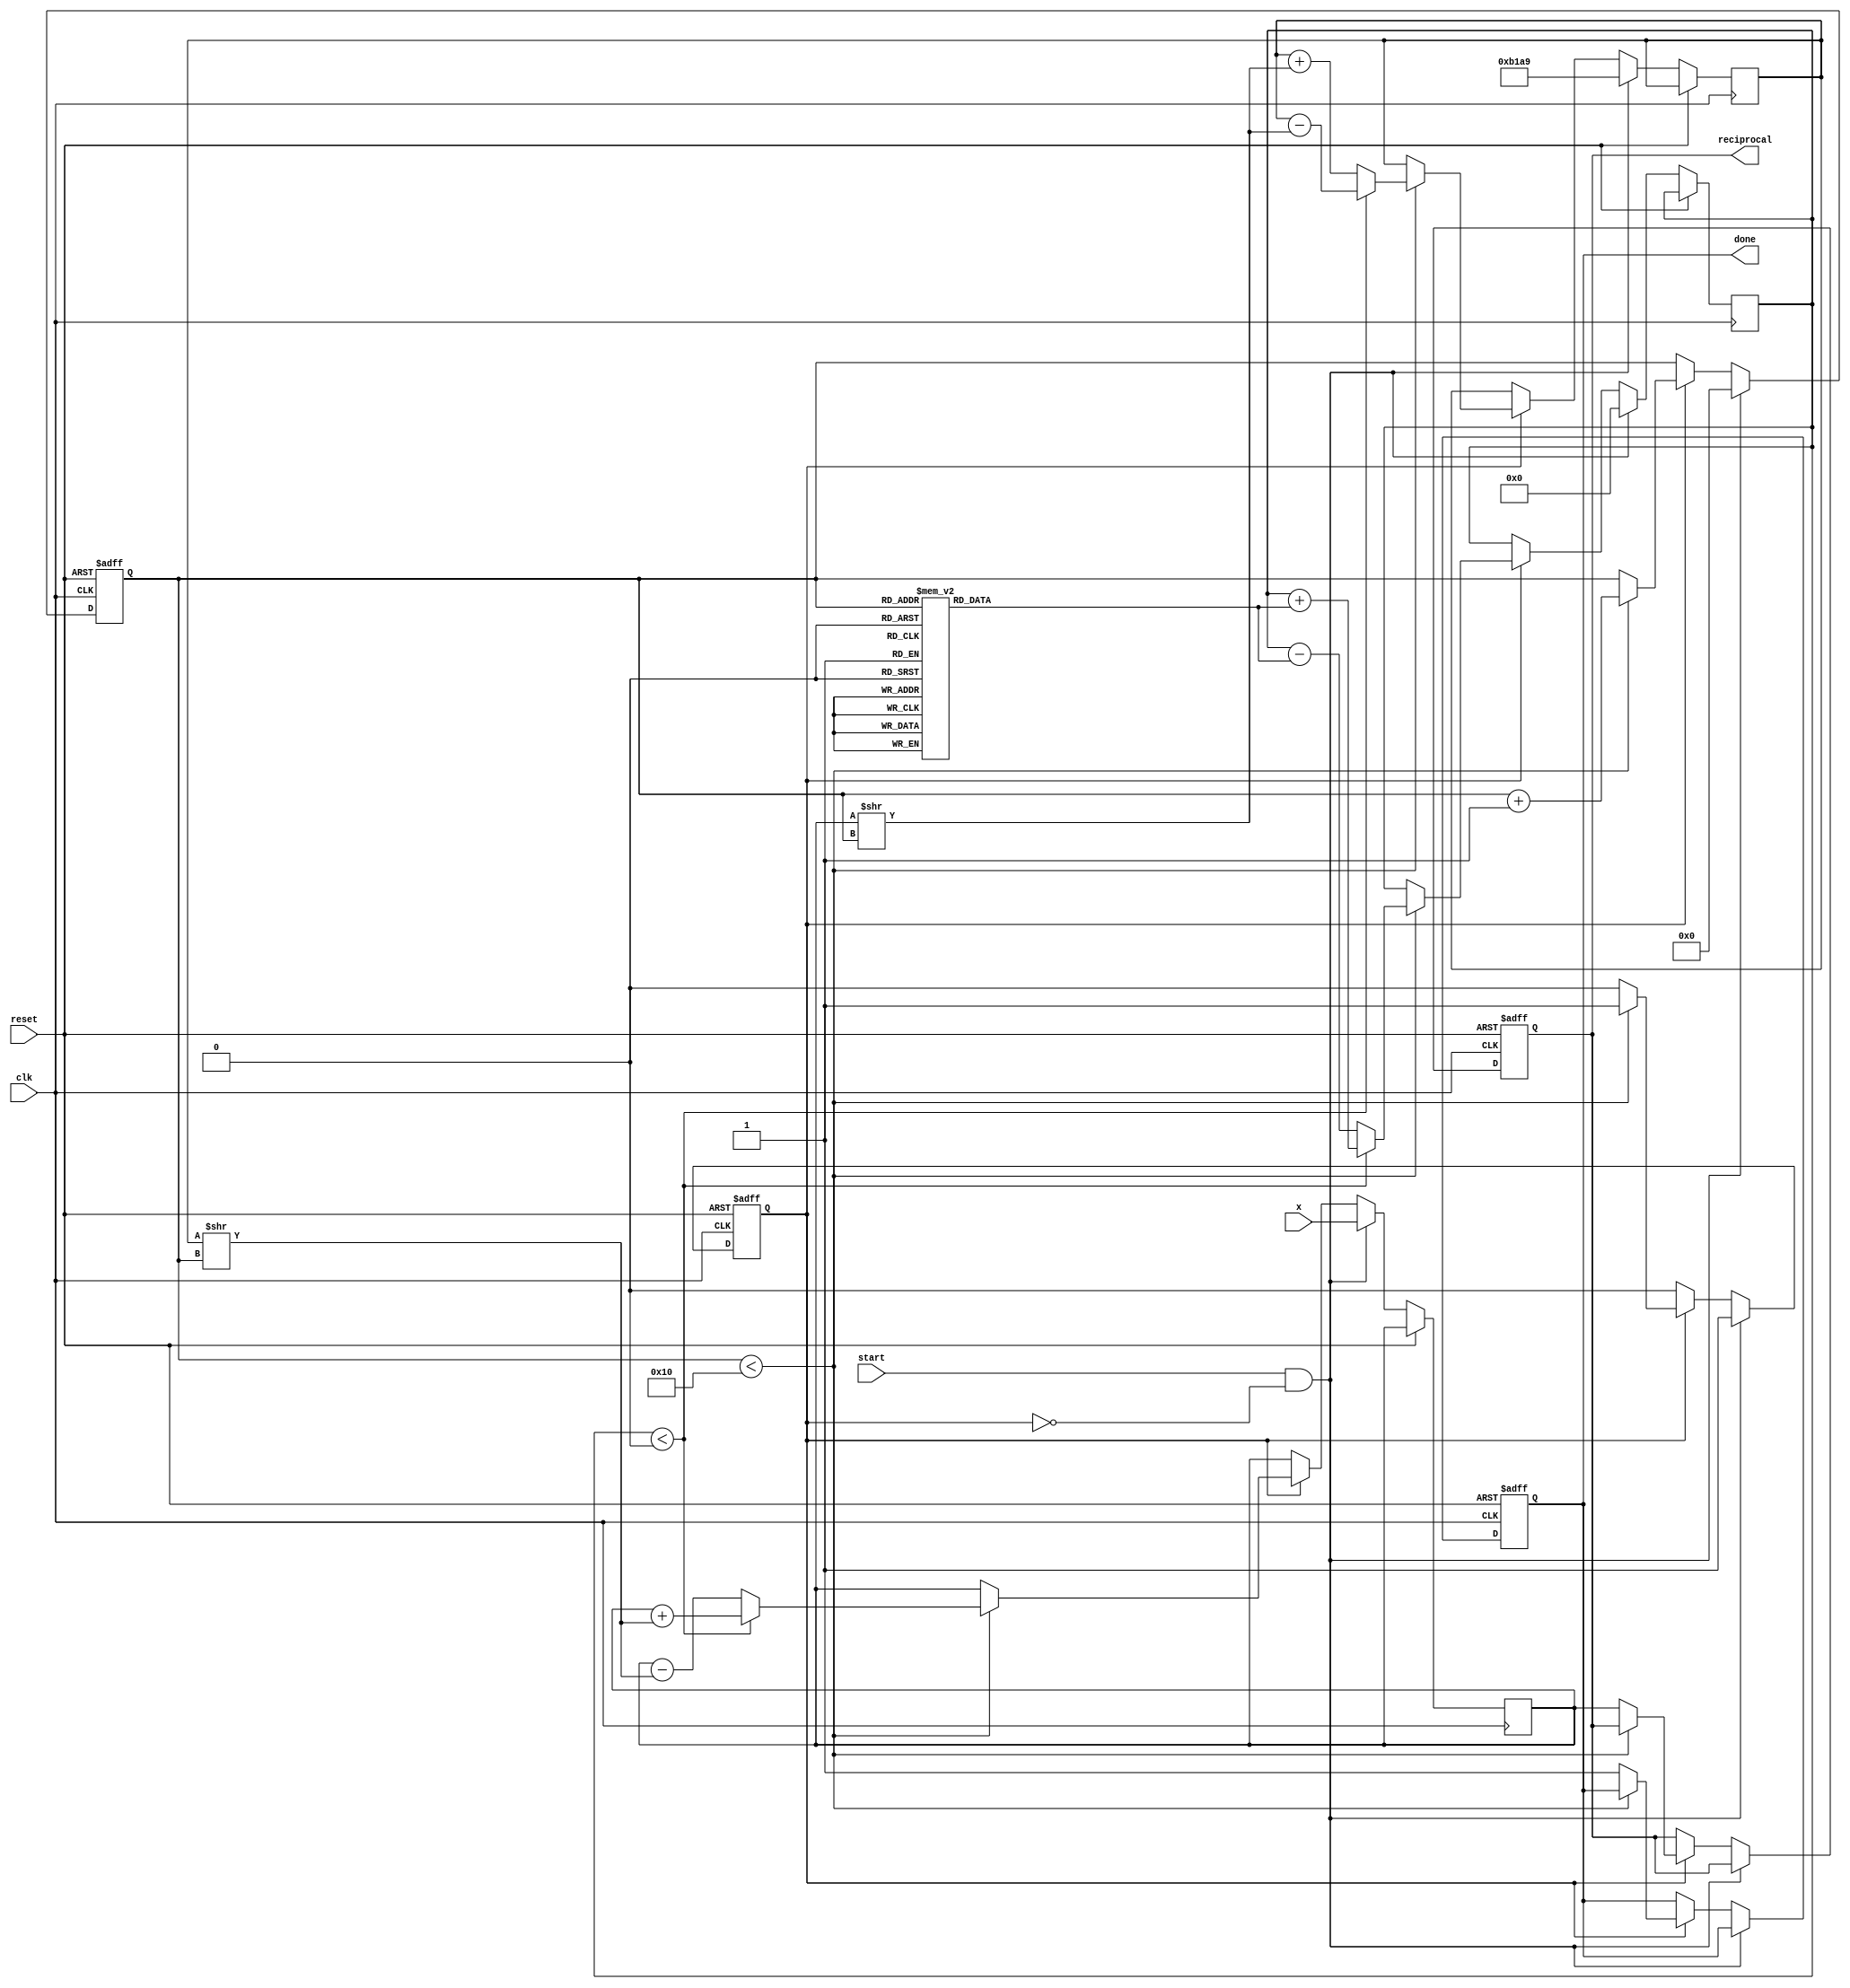
module cordic_reciprocal (
    input wire [15:0] x,       // Input value (fixed-point representation)
    input wire clk,            // Clock signal
    input wire reset,          // Asynchronous reset
    input wire start,          // Start signal
    output reg [15:0] reciprocal, // Computed reciprocal value
    output reg done            // Signal indicating computation is done
);

    // Parameters
    parameter MAX_ITER = 16;   // Maximum number of iterations
    parameter K = 16'hB1A9;     // Scaling factor (K = 1/sqrt(1+2^(-2))^n, approx value for n=16)

    // Internal registers
    reg [15:0] z;              // Current approximation
    reg [3:0] iter_count;      // Iteration counter
    reg [15:0] angle;          // Angle for CORDIC rotation
    reg [15:0] x_curr, y_curr; // Current x and y values
    reg computing;             // State flag for computing

    // Lookup table for angles (in fixed-point)
    reg [15:0] angles [0:15];
    initial begin
        angles[0] = 16'hC90F; // atan(2^0)
        angles[1] = 16'hA3D7; // atan(2^-1)
        angles[2] = 16'h6A09; // atan(2^-2)
        angles[3] = 16'h3B6E; // atan(2^-3)
        angles[4] = 16'h1D2C; // atan(2^-4)
        angles[5] = 16'h0F12; // atan(2^-5)
        angles[6] = 16'h07A1; // atan(2^-6)
        angles[7] = 16'h03D7; // atan(2^-7)
        angles[8] = 16'h01EB; // atan(2^-8)
        angles[9] = 16'h00F6; // atan(2^-9)
        angles[10] = 16'h007B; // atan(2^-10)
        angles[11] = 16'h003E; // atan(2^-11)
        angles[12] = 16'h001F; // atan(2^-12)
        angles[13] = 16'h000F; // atan(2^-13)
        angles[14] = 16'h0007; // atan(2^-14)
        angles[15] = 16'h0003; // atan(2^-15)
    end

    // FSM for CORDIC computation
    always @(posedge clk or posedge reset) begin
        if (reset) begin
            reciprocal <= 16'h0000;
            done <= 0;
            computing <= 0;
            iter_count <= 0;
        end else if (start && !computing) begin
            // Initialize
            computing <= 1;
            iter_count <= 0;
            x_curr <= x; // Set current x to input
            y_curr <= K; // Initialize y to scaling factor
            z <= 0;      // Initialize z to 0
        end else if (computing) begin
            if (iter_count < MAX_ITER) begin
                // CORDIC rotation algorithm
                if (z < 0) begin
                    // Rotate clockwise
                    z <= z + angles[iter_count];
                    x_curr <= x_curr + (y_curr >> iter_count);
                    y_curr <= y_curr - (x_curr >> iter_count);
                end else begin
                    // Rotate counter-clockwise
                    z <= z - angles[iter_count];
                    x_curr <= x_curr - (y_curr >> iter_count);
                    y_curr <= y_curr + (x_curr >> iter_count);
                end
                iter_count <= iter_count + 1;
            end else begin
                // Finished computation
                reciprocal <= x_curr;
                done <= 1;
                computing <= 0;
            end
        end
    end

endmodule